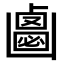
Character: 𠚝